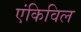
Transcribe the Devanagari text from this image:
एंकिविल